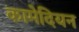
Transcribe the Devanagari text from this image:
कामेदियन